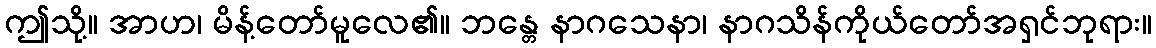
ဤသို့။ အာဟ၊ မိန့်တော်မူလေ၏။ ဘန္တေ နာဂသေနာ၊ နာဂသိန်ကိုယ်တော်အရှင်ဘုရား။